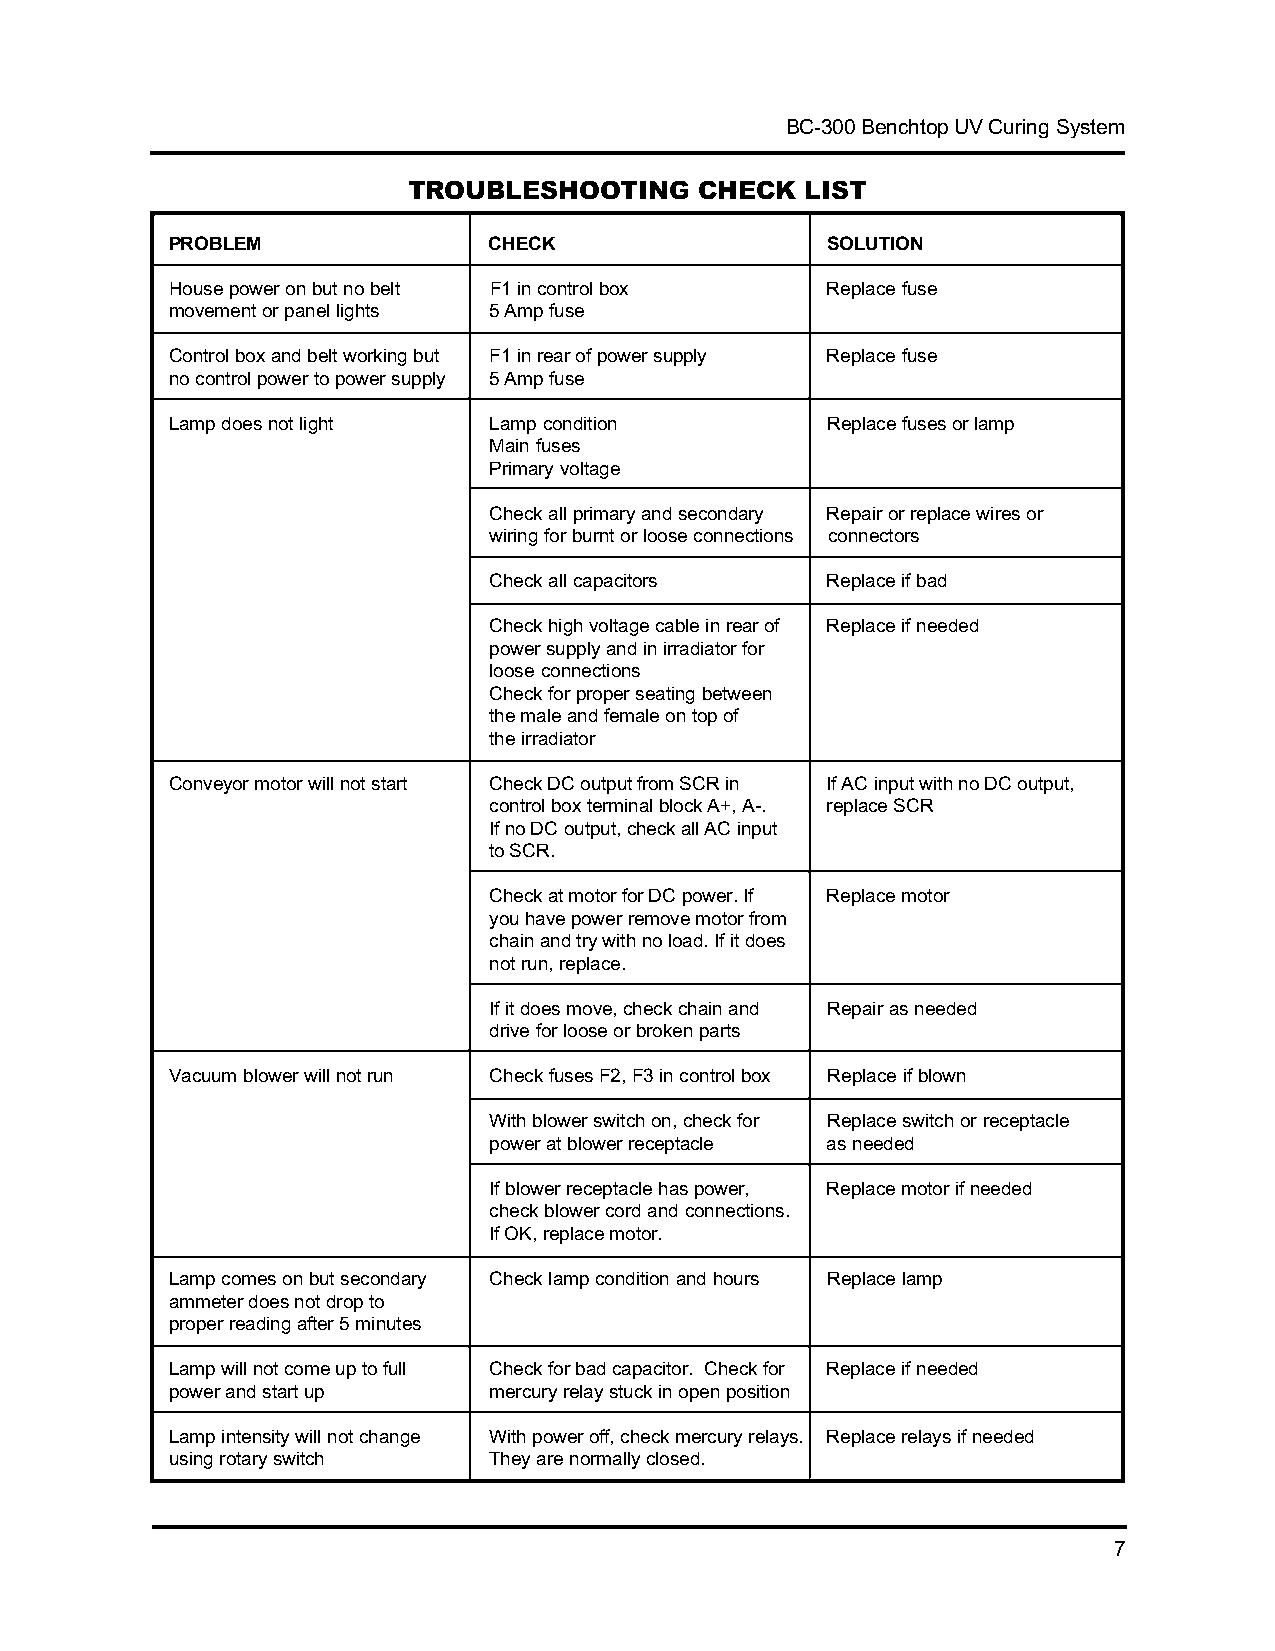
BC-300 Benchtop UV Curing System
 TROUBLESHOOTING    CHECK  LIST
 PROBLEM              CHECK                  SOLUTION
 House power on but no belt F1 in control box Replace fuse
 movement or panel lights 5 Amp fuse
 Control box and belt working but F1 in rear of power supply Replace fuse
 no control power to power supply 5 Amp fuse
 Lamp does not light  Lamp condition         Replace fuses or lamp
 Main fuses
 Primary voltage
 Check all primary and secondary Repair or replace wires or
 wiring for burnt or loose connections connectors
 Check all capacitors   Replace if bad
 Check high voltage cable in rear of Replace if needed
 power supply and in irradiator for
 loose connections
 Check for proper seating between
 the male and female on top of
 the irradiator
 Conveyor motor will not start Check DC output from SCR in If AC input with no DC output,
 control box terminal block A+, A-. replace SCR
 If no DC output, check all AC input
 to SCR.
 Check at motor for DC power. If Replace motor
 you have power remove motor from
 chain and try with no load. If it does
 not run, replace.
 If it does move, check chain and Repair as needed
 drive for loose or broken parts
 Vacuum blower will not run Check fuses F2, F3 in control box Replace if blown
 With blower switch on, check for Replace switch or receptacle
 power at blower receptacle as needed
 If blower receptacle has power, Replace motor if needed
 check blower cord and connections.
 If OK, replace motor.
 Lamp comes on but secondary Check lamp condition and hours Replace lamp
 ammeter does not drop to
 proper reading after 5 minutes
 Lamp will not come up to full Check for bad capacitor. Check for Replace if needed
 power and start up   mercury relay stuck in open position
 Lamp intensity will not change With power off, check mercury relays. Replace relays if needed
 using rotary switch  They are normally closed.
 7